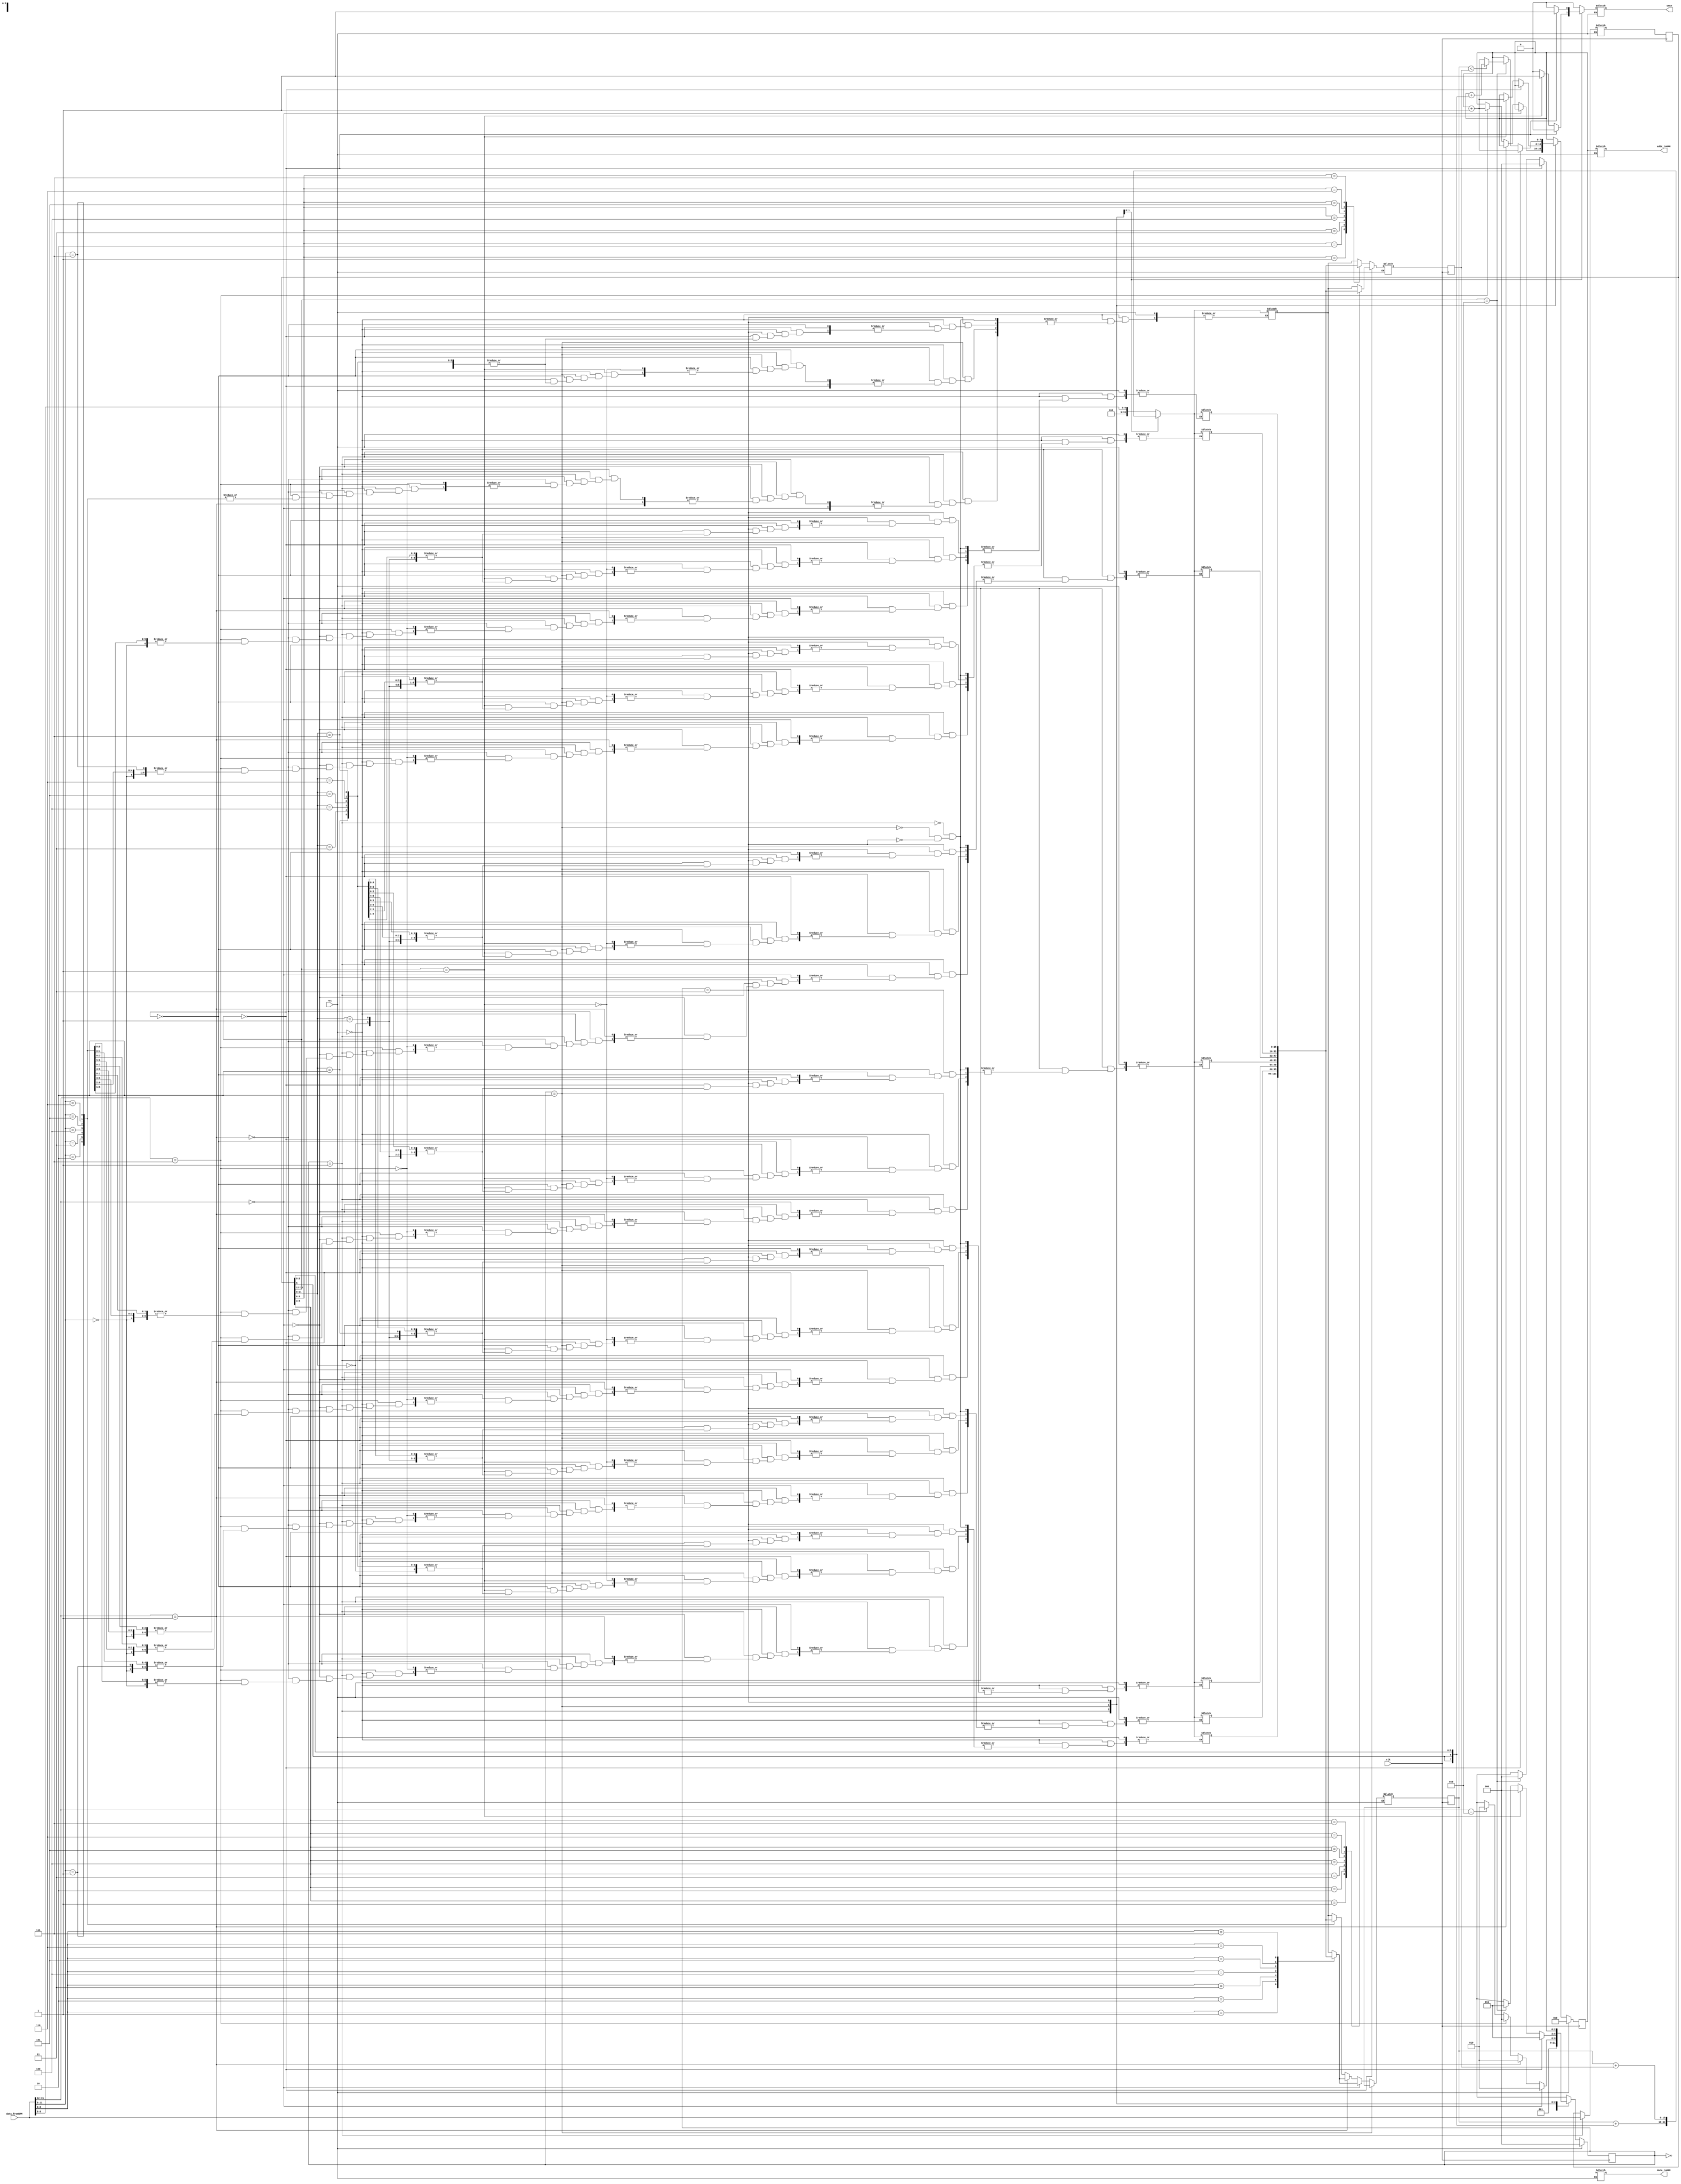
`timescale 1ns / 1ps
//////////////////////////////////////////////////////////////////////////////////
// Company: 
// Engineer: 
// 
// Design Name: 
// Module Name:    TinyMIPS 
// Project Name: 
// Target Devices: 
// Tool versions: 
// Description: 
//
// Dependencies: 
//
// Revision: 
// Revision 0.01 - File Created
// Additional Comments: 
//
//////////////////////////////////////////////////////////////////////////////////
module TinyMIPS(clk, rst, data_fromRAM, wrEn, addr_toRAM, data_toRAM);
	input clk, rst;
	output reg wrEn;
	input [15:0] data_fromRAM;
	output reg [15:0] data_toRAM;
	output reg [7:0] addr_toRAM;

	reg [2:0] st, stN;
	reg [7:0] PC, PCN;
	reg [15:0] IW, IWN;
	reg [15:0] T1, T1N, T2, T2N;

	reg [15:0] RF [7:0];

	always @(posedge clk) begin
		st <= stN;
		PC <= PCN;
		IW <= IWN;
		T1 <= T1N;
		T2 <= T2N;
	end

	always @ * begin
		if (rst) begin
			stN = 3'd0;
			PCN = 8'd0;
		end
		else begin
			wrEn = 1'b0;
			PCN = PC;
			IWN = IW;
			stN = 3'dx;
			addr_toRAM = 8'hX;
			data_toRAM = 16'hX;
			T1N = 16'hX;
			T2N = 16'hX;
			
			case (st)
				3'd0: begin // S0: Fetch State
					addr_toRAM = PC;
					stN = 3'd1;
				end
				3'd1: begin // S1 State
					IWN = data_fromRAM;
					if(data_fromRAM[15:12] == 4'b0000) begin // ADD
						T1N = RF[data_fromRAM[8:6]];
						stN = 3'd2;
					end
					else if(data_fromRAM[15:12] == 4'b0001) begin // ADDi
						T1N = RF[data_fromRAM[8:6]];
						stN = 3'd2;
					end
					else if(data_fromRAM[15:12] == 4'b0111) begin // CPi
						RF[data_fromRAM[11:9]] = {7'd0,data_fromRAM[8:0]};
						PCN = PC + 8'd1;
						stN = 3'd0;
					end
					else if(data_fromRAM[15:12] == 4'b1001) begin // BLT
						T1N = RF[data_fromRAM[11:9]];
						stN = 3'd2;
					end
				end
				3'd2: begin // S2 State
					if (IW[15:12]==4'b0000) begin // ADD
						T1N = T1;
						T2N = RF[IW[5:3]];
						stN = 3'd3;
					end
					else if (IW[15:12]==4'b0001) begin // ADDi
						wrEn = 1'b1;
						RF[IW[11:9]] = T1 + {{2{IW[5]}}, IW[5:0]};
						PCN = PC + 8'd1;
						stN = 3'd0;
					end
					else if(IW[15:12] == 4'b1001) begin // BLT
						T2N = RF[IW[8:6]];
						T1N = T1;
						stN = 3'd3;
					end
				end
				3'd3: begin // S3 State
					if (IW[15:12]==4'b0000) begin // ADD
						wrEn = 1'b1;
						RF[IW[11:9]] = T1 + T2;
						PCN = PC + 8'd1;
						stN = 3'd0;
					end
					else if (IW[15:12]==4'b1001) begin // BLT
						PCN = (T1 < T2) ? (PC + {{2{IW[5]}}, IW[5:0]}) : (PC + 8'd1);// PC+signext(imm) or PC+1
						stN = 3'd0;
					end
				end
			endcase
		end // else
	end // always
endmodule

module blram(clk, rst, we, addr, din, dout);
	parameter SIZE = 8, DEPTH = 2**SIZE;
	input clk;
	input rst;
	input we;
	input [SIZE-1:0] addr;
	input [15:0] din;
	output reg [15:0] dout;
	
	reg [15:0] mem [DEPTH-1:0];
 
	always @(posedge clk) begin
		dout <= mem[addr[SIZE-1:0]];
		if (we)
			mem[addr[SIZE-1:0]] <= din;
	end
endmodule